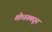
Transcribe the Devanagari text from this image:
शोधनमधून